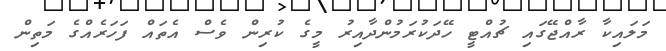
މަލައިކާ ރާއްޖޭގައި ޗުއްޓީ ހޭދަކުރަމުންދާއިރު މީގެ ކުރިން ވެސް އެތައް ފަހަރެއްގެ މަތިން